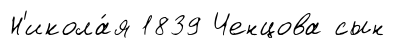
Н'икола́я 1839 Ченцова сын